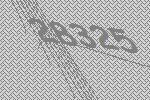
28325